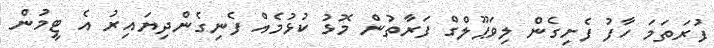
ފުރަތަމަ ހާފު ފެށިގެން ލިވަޕޫލްގް ފަރާތުން މޮޅު ކުޅުމެއް ފެނިގެންދިޔައިރު އެ ޓީމުން